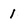
Character: 1